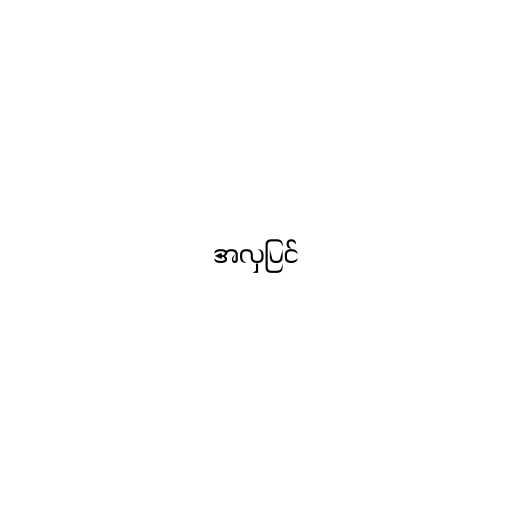
အလှပြင်